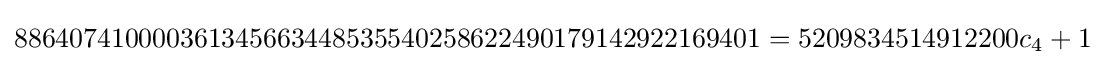
886407410000361345663448535540258622490179142922169401=5209834514912200c_{4}+1